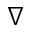
\nabla